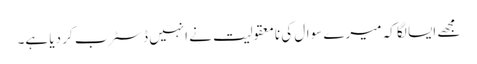
مجھے ایسا لگا کہ میرے سوال کی نامعقولیت نے انہیں ڈسٹرب کر دیا ہے۔